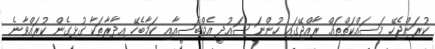
ކުރަންޖެހޭ މަސައްކަތްތައް ރާއްޖޭގައި ހުންނަ ސައުދީ އެމްބަސީއާއި ކަމާބެހޭ އިދާރާތަކާ ގުޅިގެން ކުރައްވާނެ